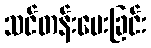
သင်တန်းပေးခြင်း